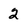
Character: 2